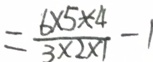
= \frac { 6 \times 5 \times 4 } { 3 \times 2 \times 1 } - 1